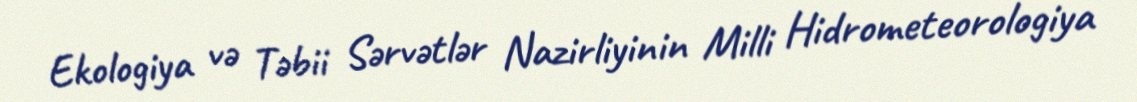
Ekologiya və Təbii Sərvətlər Nazirliyinin Milli Hidrometeorologiya